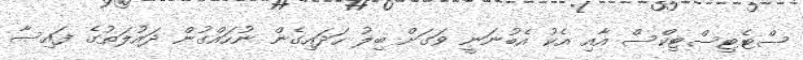
ސްޓެޓިސްޓިކްސް އާއި އެކު އެބުނަނީ ވަގަށް ބިލު ހަދައިގެން ނުހައްގުން ދައުލަތުގެ ފައިސާ